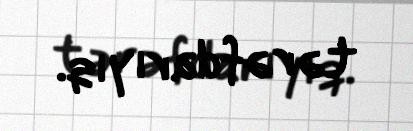
tərəfdarıyıq.